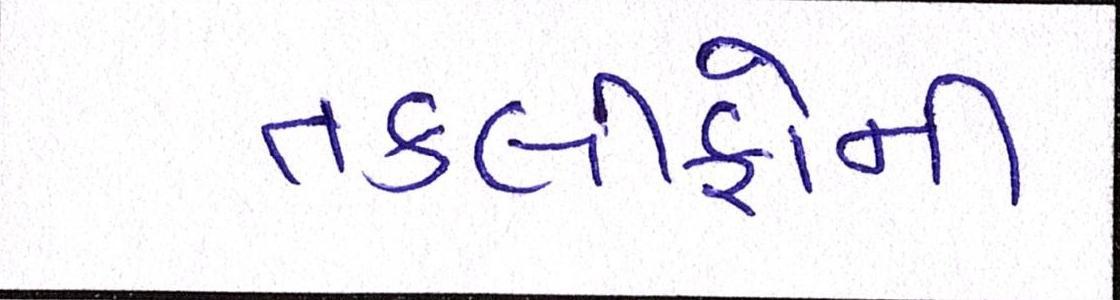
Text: તકલીફોની